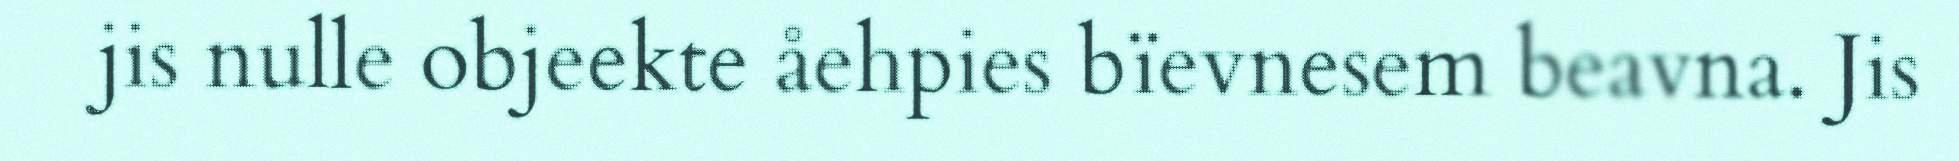
jis nulle objeekte åehpies bïevnesem beavna. Jis